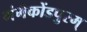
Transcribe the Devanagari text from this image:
गंगैकोंडपुरम्